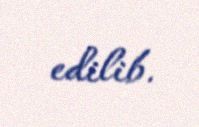
edilib.